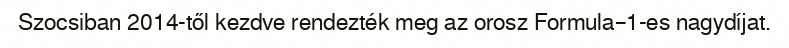
Szocsiban 2014-től kezdve rendezték meg az orosz Formula–1-es nagydíjat.